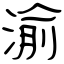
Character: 渝